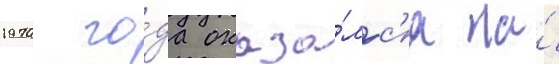
1970 го́да оказа́лс'я на́